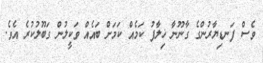
ވެސް ފަނޑިޔާރުންގެ ގާނޫނާ ޚިލާފު ކަމެއް ކަމަށް ބައެއް ވަކީލުން ގަބޫލުކުރެ އެވެ.